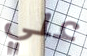
علي